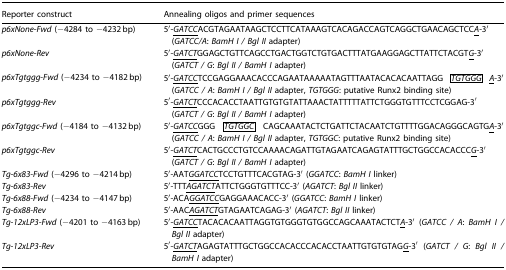
<table><thead><tr><td><b>Reporter construct</b></td><td><b>Annealing oligos and primer sequences</b></td></tr></thead><tbody><tr><td><i>p6xNone</i>-<i>Fwd</i> (−4284 to −4232 bp)</td><td>5′-<i><underline>GATCC</underline></i>ACGTAGAATAAGCTCCTTCATAAAGTCACAGACCAGTCAGGCTGAACAGCTCC<i><underline>A</underline></i>-3′ (<i>GATCC/A</i>: <i>BamH I / Bgl II</i> adapter)</td></tr><tr><td><i>p6xNone</i>-<i>Rev</i></td><td>5′-<i><underline>GATCT</underline></i>GGAGCTGTTCAGCCTGACTGGTCTGTGACTTTATGAAGGAGCTTATTCTACGT<i><underline>G</underline></i>-3′ (<i>GATCT / G</i>: <i>Bgl II / BamH I</i> adapter)</td></tr><tr><td><i>p6xTgtggg</i>-<i>Fwd</i> (−4234 to −4182 bp)</td><td>5′-<i><underline>GATCC</underline></i>TCCGAGGAAACACCCAGAATAAAAATAGTTTAATACACACAATTAGG <i>TGTGGG <underline>A</underline></i>-3′ (<i>GATCC / A</i>: <i>BamH I / Bgl II</i> adapter, <i>TGTGGG</i>: putative Runx2 binding site)</td></tr><tr><td><i>p6xTgtggg-Rev</i></td><td>5′-<i><underline>GATCT</underline></i>CCCACACCTAATTGTGTGTATTAAACTATTTTTATTCTGGGTGTTTCCTCGGAG-3′ (<i>GATCT / G</i>: <i>Bgl II / BamH I</i> adapter)</td></tr><tr><td><i>p6xTgtggc-Fwd</i> (−4184 to −4132 bp)</td><td>5′-<i><underline>GATCC</underline></i>GGG <i>TGTGGC</i> CAGCAAATACTCTGATTCTACAATCTGTTTTGGACAGGGCAGTG<i><underline>A</underline></i>-3′ (<i>GATCC / A</i>: <i>BamH I / Bgl II</i> adapter, <i>TGTGGC</i>: putative Runx2 binding site)</td></tr><tr><td><i>p6xTgtggc</i>-<i>Rev</i></td><td>5′-<i><underline>GATCT</underline></i>CACTGCCCTGTCCAAAACAGATTGTAGAATCAGAGTATTTGCTGGCCACACCC<i><underline>G</underline></i>-3′ (<i>GATCT / G</i>: <i>Bgl II / BamH I</i> adapter)</td></tr><tr><td><i>Tg-6x83-Fwd</i> (−4296 to −4214 bp)</td><td>5′-AAT<i><underline>GGATCC</underline></i>TCCTGTTTCACGTAG-3′ (<i>GGATCC</i>: <i>BamH I</i> linker)</td></tr><tr><td><i>Tg-6x83-Rev</i></td><td>5′-TTT<i><underline>AGATCT</underline></i>ATTCTGGGTGTTTCC-3′ (<i>AGATCT</i>: <i>Bgl II</i> linker)</td></tr><tr><td><i>Tg-6x88-Fwd</i> (−4234 to −4147 bp)</td><td>5′-ACA<i><underline>GGATCC</underline></i>GAGGAAACACC-3′ (<i>GGATCC</i>: <i>BamH I</i> linker)</td></tr><tr><td><i>Tg-6x88-Rev</i></td><td>5′-AAC<i><underline>AGATCT</underline></i>GTAGAATCAGAG-3′ (<i>AGATCT</i>: <i>Bgl II</i> linker)</td></tr><tr><td><i>Tg-12xLP3-Fwd</i> (−4201 to −4163 bp)</td><td>5′-<i><underline>GATCC</underline></i>TACACACAATTAGGTGTGGGTGTGGCCAGCAAATACTCT<i><underline>A</underline></i>-3′ (<i>GATCC / A</i>: <i>BamH I / Bgl II</i> adapter)</td></tr><tr><td><i>Tg-12xLP3-Rev</i></td><td>5′-<i><underline>GATCT</underline></i>AGAGTATTTGCTGGCCACACCCACACCTAATTGTGTGTAG<i><underline>G</underline></i>-3′ (<i>GATCT / G</i>: <i>Bgl II / BamH I</i> adapter)</td></tr></tbody></table>